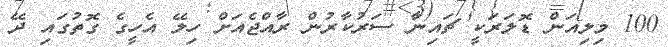
100 މިލިއަން ޑޮލަރަކީ ޗައިނާ ސަރުކާރުން ރާއްޖެއަށް ހިލޭ އެހީގެ ގޮތުގައި ދޭ